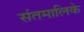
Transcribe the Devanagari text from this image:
संतमालिके